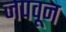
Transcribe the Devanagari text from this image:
जपवून